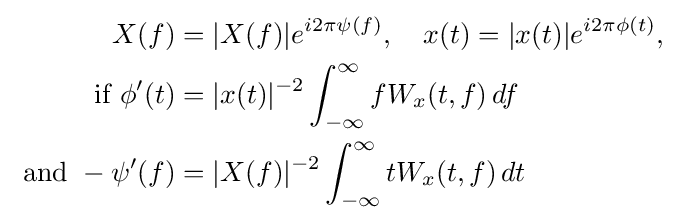
{\begin{aligned}X(f)&=|X(f)|e^{i2\pi \psi (f)},\quad x(t)=|x(t)|e^{i2\pi \phi (t)},\\{\text{if }}\phi '(t)&=|x(t)|^{-2}\int _{-\infty }^{\infty }fW_{x}(t,f)\,df\\{\text{ and }}-\psi '(f)&=|X(f)|^{-2}\int _{-\infty }^{\infty }tW_{x}(t,f)\,dt\end{aligned}}